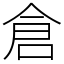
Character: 倉